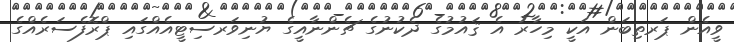
ވީއެން ޕަރތިބަން އަކީ މިހާރު އެ ޤައުމުގެ ދެކުނުގެ ޗެންނާއީގެ ޔުނިވަރސިޓީއެއްގައި ޕްރޮފެސަރެއްގެ